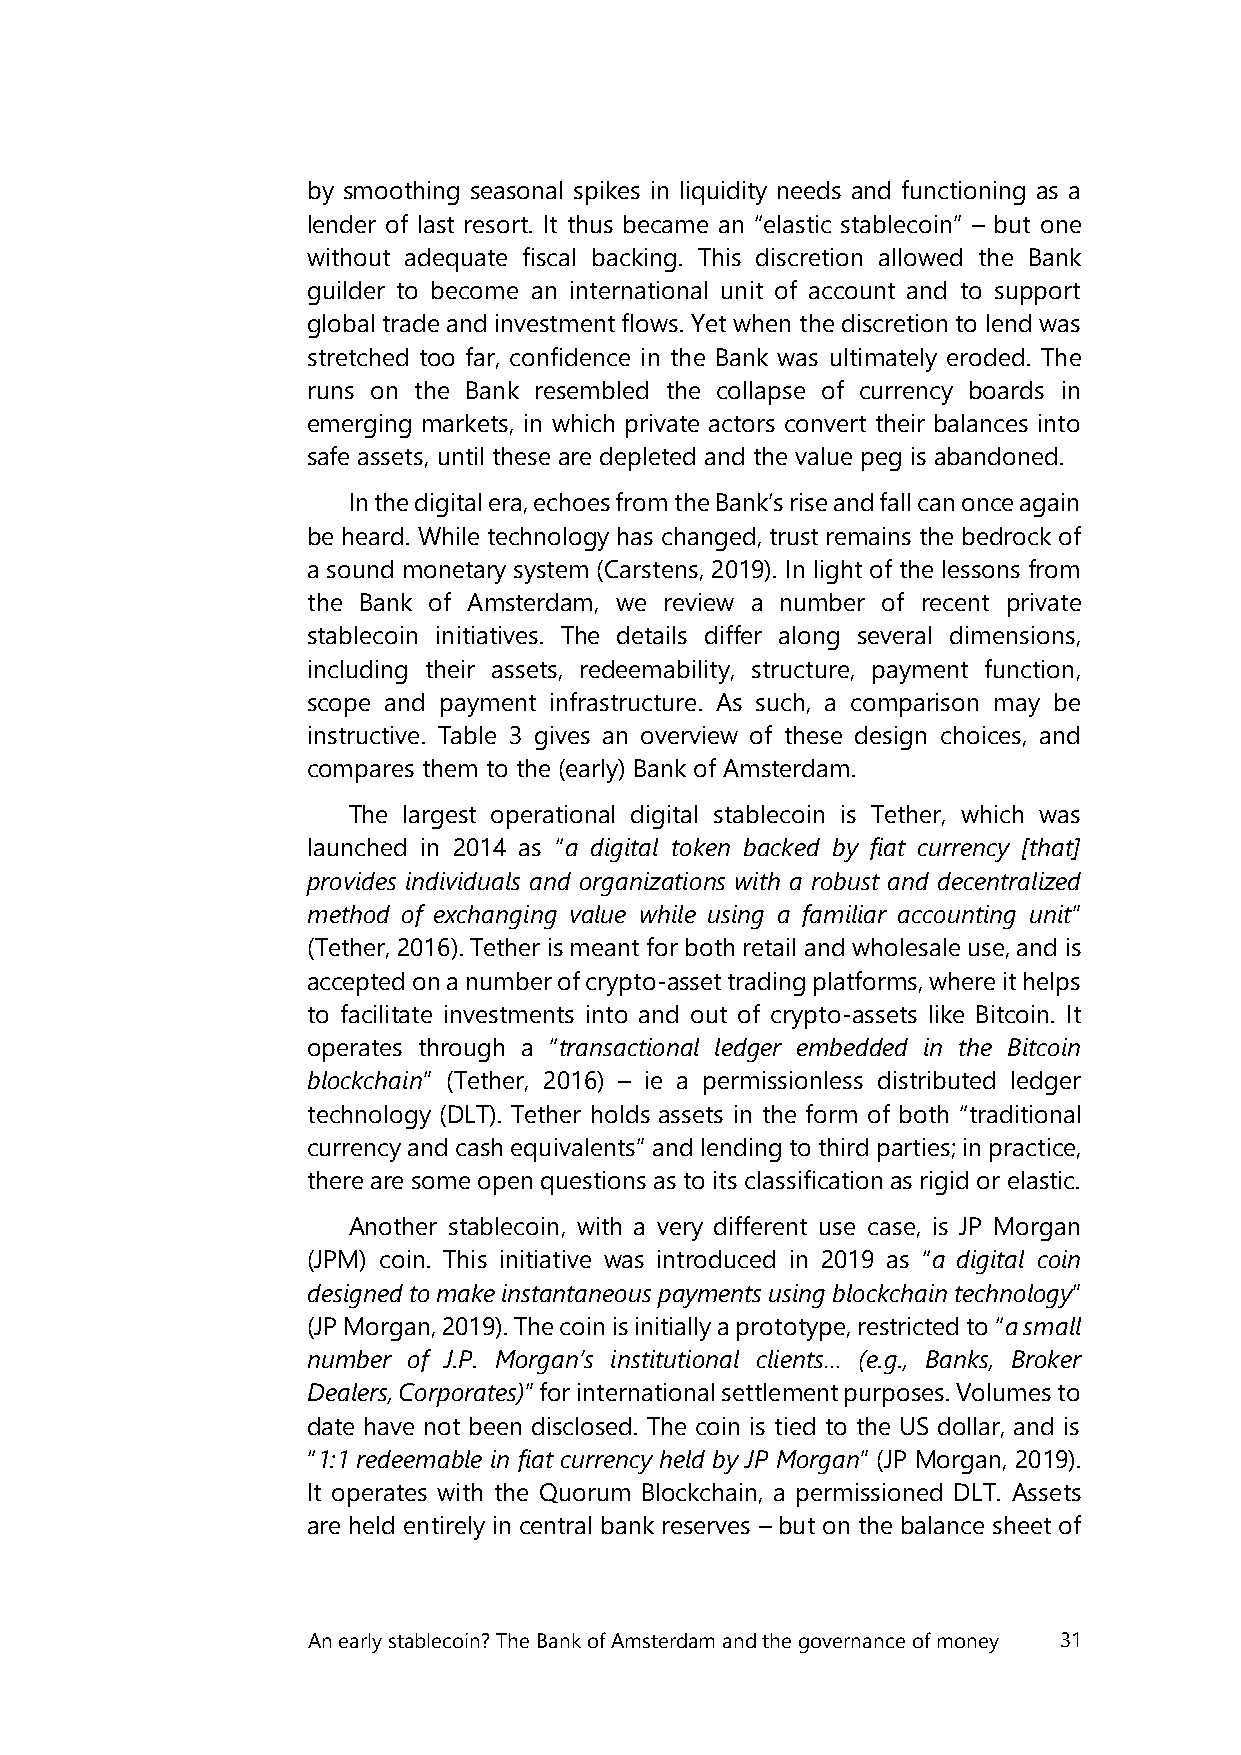
by smoothing seasonal spikes in liquidity needs and functioning as a
 lender of last resort. It thus became an “elastic stablecoin” – but one
 without adequate fiscal backing. This discretion allowed the Bank
 guilder to become an international unit of account and to support
 global trade and investment flows. Yet when the discretion to lend was
 stretched too far, confidence in the Bank was ultimately eroded. The
 runs on the Bank resembled the collapse of currency boards in
 emerging markets, in which private actors convert their balances into
 safe assets, until these are depleted and the value peg is abandoned.
 In the digital era, echoes from the Bank’s rise and fall can once again
 be heard. While technology has changed, trust remains the bedrock of
 a sound monetary system (Carstens, 2019). In light of the lessons from
 the Bank of Amsterdam, we review a number of recent private
 stablecoin initiatives. The details differ along several dimensions,
 including their assets, redeemability, structure, payment function,
 scope and payment infrastructure. As such, a comparison may be
 instructive. Table 3 gives an overview of these design choices, and
 compares them to the (early) Bank of Amsterdam.
 The largest operational digital stablecoin is Tether, which was
 launched in 2014 as “a digital token backed by fiat currency [that]
 provides individuals and organizations with a robust and decentralized
 method of exchanging value while using a familiar accounting unit”
 (Tether, 2016). Tether is meant for both retail and wholesale use, and is
 accepted on a number of crypto-asset trading platforms, where it helps
 to facilitate investments into and out of crypto-assets like Bitcoin. It
 operates through a “transactional ledger embedded in the Bitcoin
 blockchain” (Tether, 2016) – ie a permissionless distributed ledger
 technology (DLT). Tether holds assets in the form of both “traditional
 currency and cash equivalents” and lending to third parties; in practice,
 there are some open questions as to its classification as rigid or elastic.
 Another stablecoin, with a very different use case, is JP Morgan
 (JPM) coin. This initiative was introduced in 2019 as “a digital coin
 designed to make instantaneous payments using blockchain technology”
 (JP Morgan, 2019). The coin is initially a prototype, restricted to “a small
 number of J.P. Morgan’s institutional clients… (e.g., Banks, Broker
 Dealers, Corporates)” for international settlement purposes. Volumes to
 date have not been disclosed. The coin is tied to the US dollar, and is
 “1:1 redeemable in fiat currency held by JP Morgan” (JP Morgan, 2019).
 It operates with the Quorum Blockchain, a permissioned DLT. Assets
 are held entirely in central bank reserves – but on the balance sheet of
 An early stablecoin? The Bank of Amsterdam and the governance of money 31